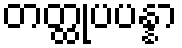
တတ္ထုပပန္နာ